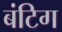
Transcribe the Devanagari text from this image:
बंटिग